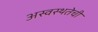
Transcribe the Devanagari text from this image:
अस्वस्थतेची